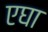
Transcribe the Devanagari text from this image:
एघा